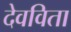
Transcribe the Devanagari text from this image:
देवविता